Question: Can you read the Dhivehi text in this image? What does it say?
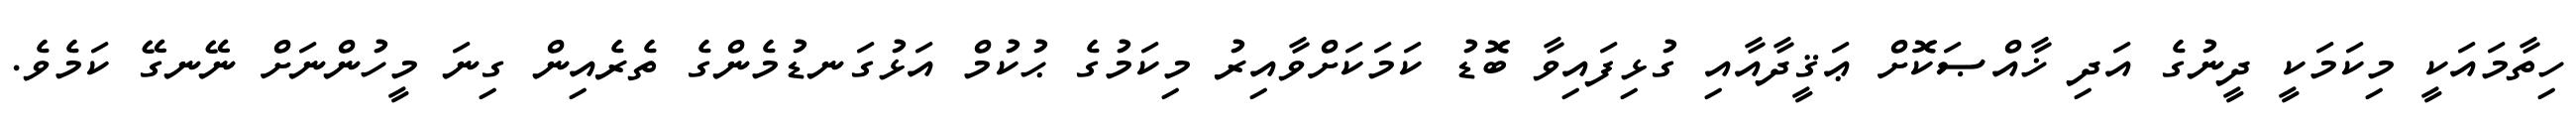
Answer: ހިތާމައަކީ މިކަމަކީ ދީނުގެ އަދި ޚާއްޞަކޮށް ޢަޤީދާއާއި ގުޅިފައިވާ ބޮޑު ކަމަކަށްވާއިރު މިކަމުގެ ޙުކުމް އަޅުގަނޑުމެންގެ ތެރެއިން ގިނަ މީހުންނަށް ނޭނގޭ ކަމެވެ.